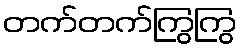
တက်တက်ကြွကြွ